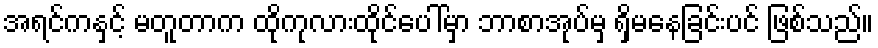
အရင်ကနှင့် မတူတာက ထိုကုလားထိုင်ပေါ်မှာ ဘာစာအုပ်မှ ရှိမနေခြင်းပင် ဖြစ်သည်။